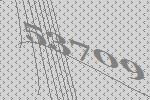
53709